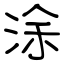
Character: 涂